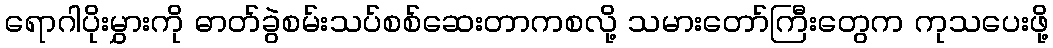
ရောဂါပိုးမွှားကို ဓာတ်ခွဲစမ်းသပ်စစ်ဆေးတာကစလို့ သမားတော်ကြီးတွေက ကုသပေးဖို့